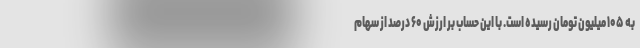
به ۱۰۵ میلیون تومان رسیده است. با این حساب بر ارزش ۶۰ درصد از سهام